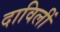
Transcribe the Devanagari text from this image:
दाविलीं